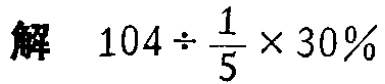
解 \(104\div\frac{1}{5}\times30\%\)